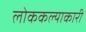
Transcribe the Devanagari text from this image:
लोककल्याकारी